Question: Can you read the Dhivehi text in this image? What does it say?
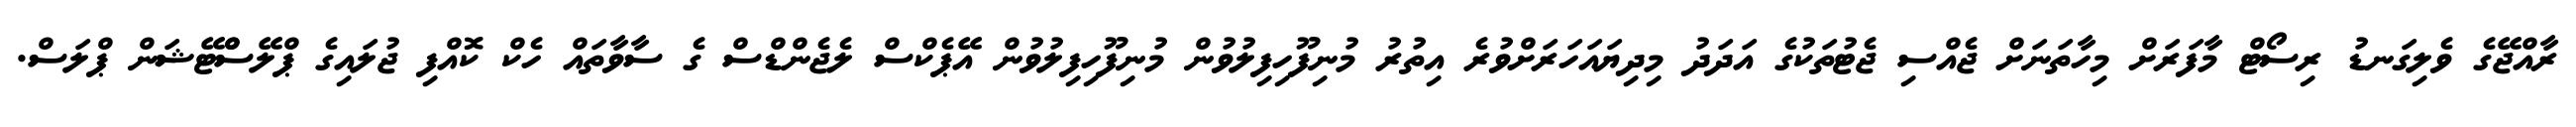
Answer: ރާއްޖޭގެ ވެލިގަނޑު ރިސޯޓް މާފަރަށް މިހާތަނަށް ޖެއްސި ޖެޓުތަކުގެ އަދަދު މިދިޔައަހަރަށްވުރެ އިތުރު މުނިފޫހިފިލުވުން މުނިފޫހިފިލުވުން އޭޕެކްސް ލެޖެންޑްސް ގެ ސާވާތައް ހެކް ކޮއްފި ޖުލައިގެ ޕްލޭސްްޓޭޝަން ޕްލަސް.